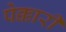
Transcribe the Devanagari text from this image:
पेक्कारी